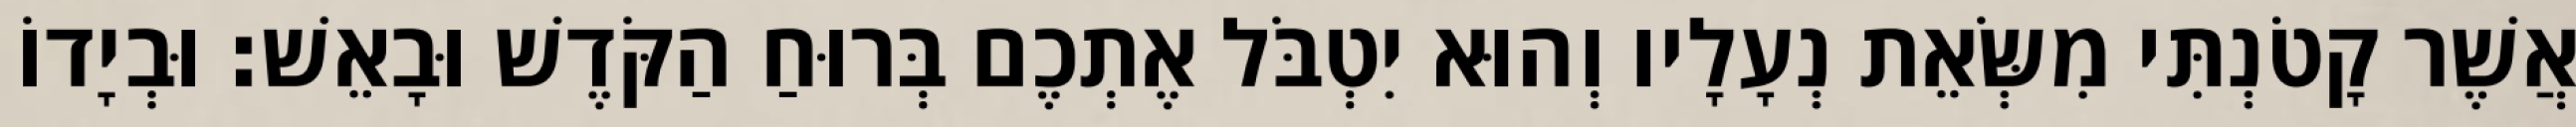
אֲשֶׁר קָטֹנְתִּי מִשְּׂאֵת נְעָלָיו וְהוּא יִטְבֹּל אֶתְכֶם בְּרוּחַ הַקֹּדֶשׁ וּבָאֵשׁ׃ וּבְיָדוֹ